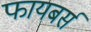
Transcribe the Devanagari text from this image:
फायबर्स